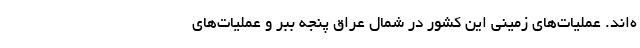
ه‌اند. عملیات‌های زمینی این کشور در شمال عراق پنجه ببر و عملیات‌های